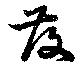
発